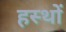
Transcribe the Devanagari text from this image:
हस्थों